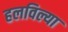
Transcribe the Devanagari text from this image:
हलविल्या